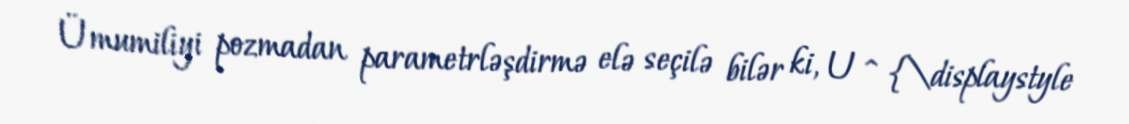
Ümumiliyi pozmadan parametrləşdirmə elə seçilə bilər ki, U ^ {\displaystyle